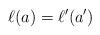
LaTeX: \begin{align*} \ell(a)=\ell'(a')\end{align*}